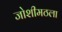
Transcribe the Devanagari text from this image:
जोशीमठला